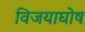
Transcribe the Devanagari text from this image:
विजयाघोष